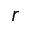
r